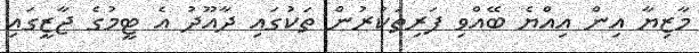
މާޒިޔާ އިން އިއްޔެ ބޭއްވި ފަރިތަކުރުން ތަކުގައި ދާއޫދު އެ ޓީމުގެ ޖާޒީގައި